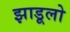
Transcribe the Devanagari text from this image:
झाडूलो